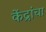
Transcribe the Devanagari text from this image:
केंद्रांचा